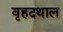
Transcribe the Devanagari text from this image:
वृहदथाल